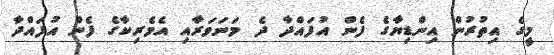
މީގެ އިތުރުން އިންޑިޔާގެ ފެން އުފައްދާ ދެ މަނަވަރާއި އެމެރިކާގެ ފެން އުފައްދާ